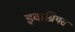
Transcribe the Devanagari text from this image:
इवाग्रियस